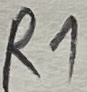
Text: R1